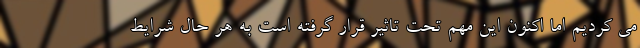
می کردیم اما اکنون این مهم تحت تاثیر قرار گرفته است به هر حال شرایط